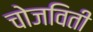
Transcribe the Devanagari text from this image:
चोजविती